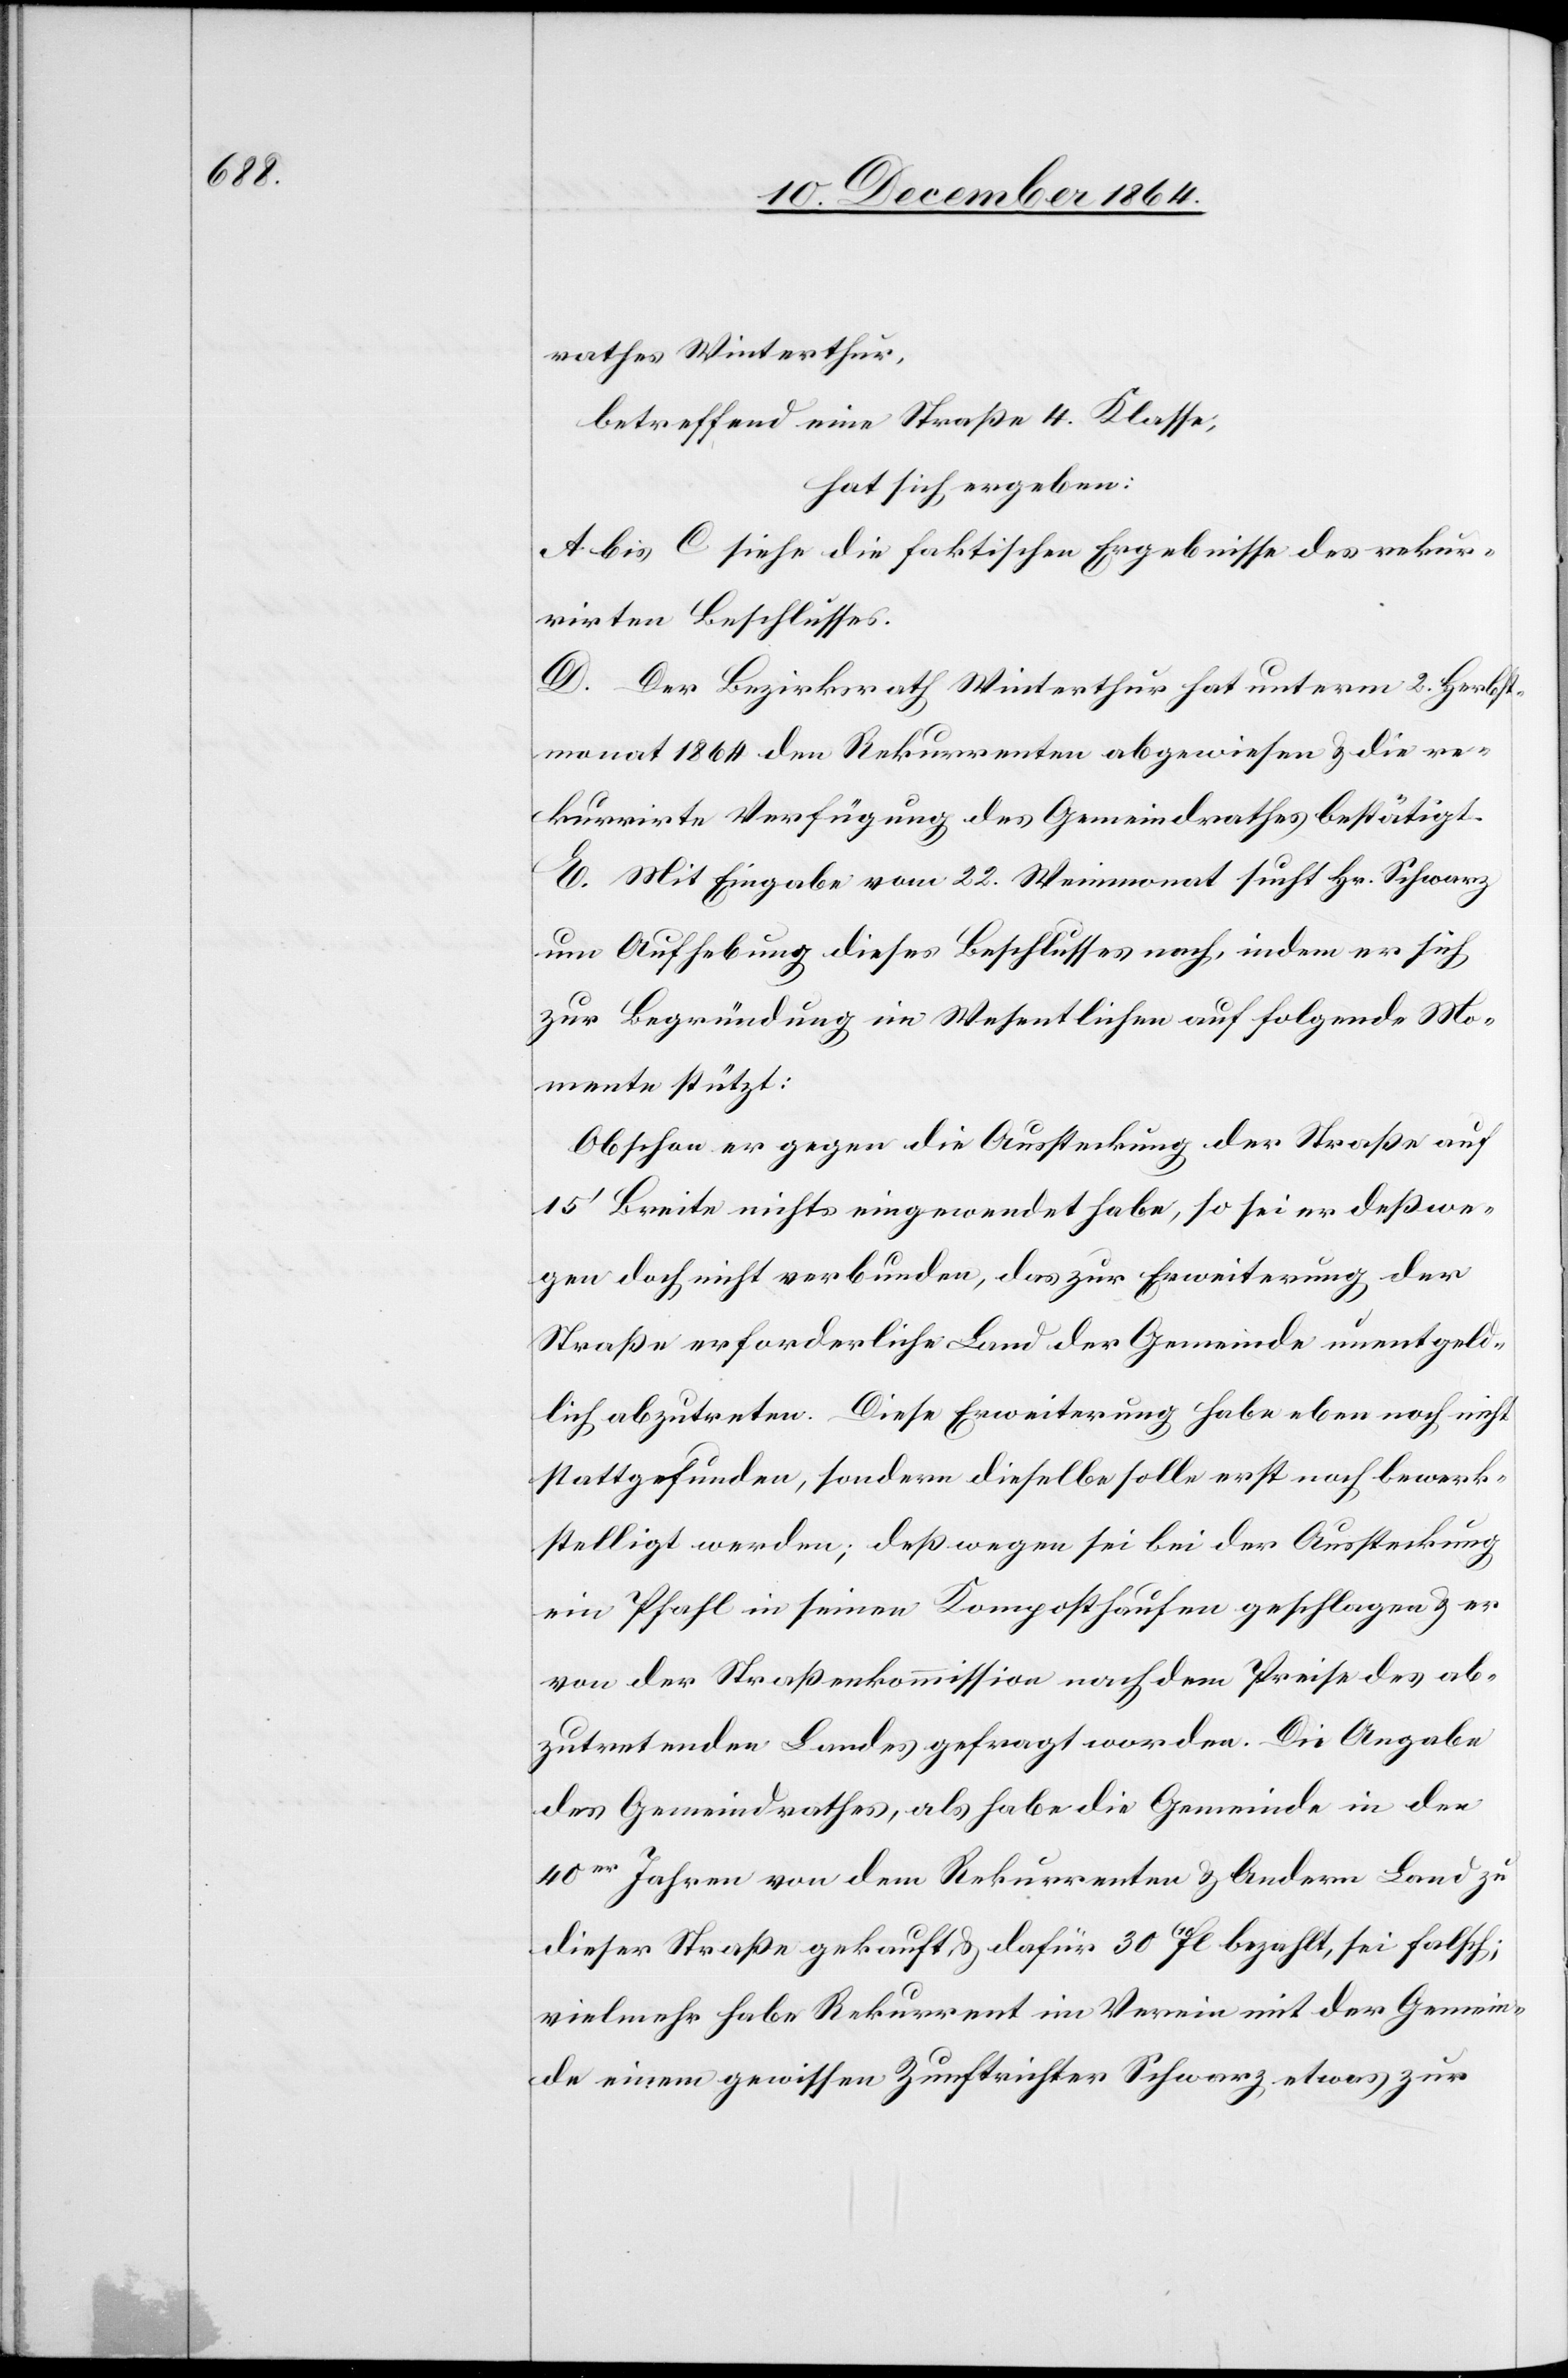
rathes Winterthur,
betreffend eine Straße 4. Klasse,
hat sich ergeben:
A. bis C. siehe die faktischen Ergebnisse des rekur¬
rirten Beschlusses.
D. Der Bezirksrath Winterthur hat unterm 2. Herbst¬
monat 1864 den Rekurrenten abgewiesen & die re¬
kurrirte Verfügung des Gemeindrathes bestätigt.
E. Mit Eingabe vom 22. Weinmonat sucht Hr. Schwarz
um Aufhebung dieses Beschlusses nach, indem er sich
zur Begründung im Wesentlichen auf folgende Mo¬
mente stützt:
Obschon er gegen die Aussteckung der Straße auf
15’ Breite nichts eingewendet habe, so sei er deßwe¬
gen doch nicht verbunden, das zur Erweiterung der
Straße erforderliche Land der Gemeinde unentgeld¬
lich abzutreten. Diese Erweiterung habe eben noch nicht
stattgefunden, sondern dieselbe solle erst noch bewerk¬
stelligt werden; deßwegen sei bei der Aussteckung
ein Pfahl in seinen Komposthaufen geschlagen & er
von der Straßenkommission nach dem Preise des ab¬
zutretenden Landes gefragt worden. Die Angabe
des Gemeindrathes, als habe die Gemeinde in den
40er Jahren von dem Rekurrenten & Andern Land zu
dieser Straße gekauft & dafür 30 10fl. bezahlt, sei falsch;
vielmehr habe Rekurrent im Verein mit der Gemein¬
de einem gewissen Zunftrichter Schwarz etwas zur